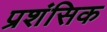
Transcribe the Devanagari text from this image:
प्रशंसिक